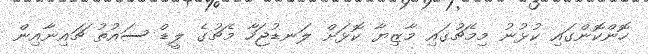
ހޮންކޮންގައި ކުޅުނު މިމެޗުގައި މާޒިޔާ ކޮޅަށް ލަނޑުޖަހާ މެޗުގެ ލީޑް ސައުތު ޗައިނާއިން